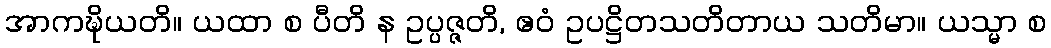
အာကဍ္ဎိယတိ။ ယထာ စ ပီတိ န ဥပ္ပဇ္ဇတိ, ဧဝံ ဥပဋ္ဌိတသတိတာယ သတိမာ။ ယသ္မာ စ